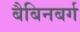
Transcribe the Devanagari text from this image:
बैबिनबर्ग